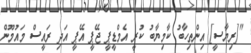
"[ރިޔާސީ] އިންތިހާބު ކާމިޔާބު ކުރީ އެމްޑީޕީ ޖޭޕީ އޭޕީ އަދި ރައީސް މައުމޫން